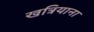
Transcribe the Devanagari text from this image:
खत्रियाना